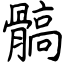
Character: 髇